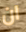
ان